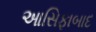
આસિફાબાદ